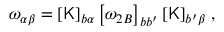
\begin{array} { r } { \omega _ { \alpha \beta } = \left[ \mathsf { K } \right] _ { b \alpha } \left[ \omega _ { 2 B } \right] _ { b b ^ { \prime } } \left[ \mathsf { K } \right] _ { b ^ { \prime } \beta } \, , } \end{array}